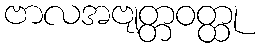
ဗာလအဗျတ္တဝတ္ထု